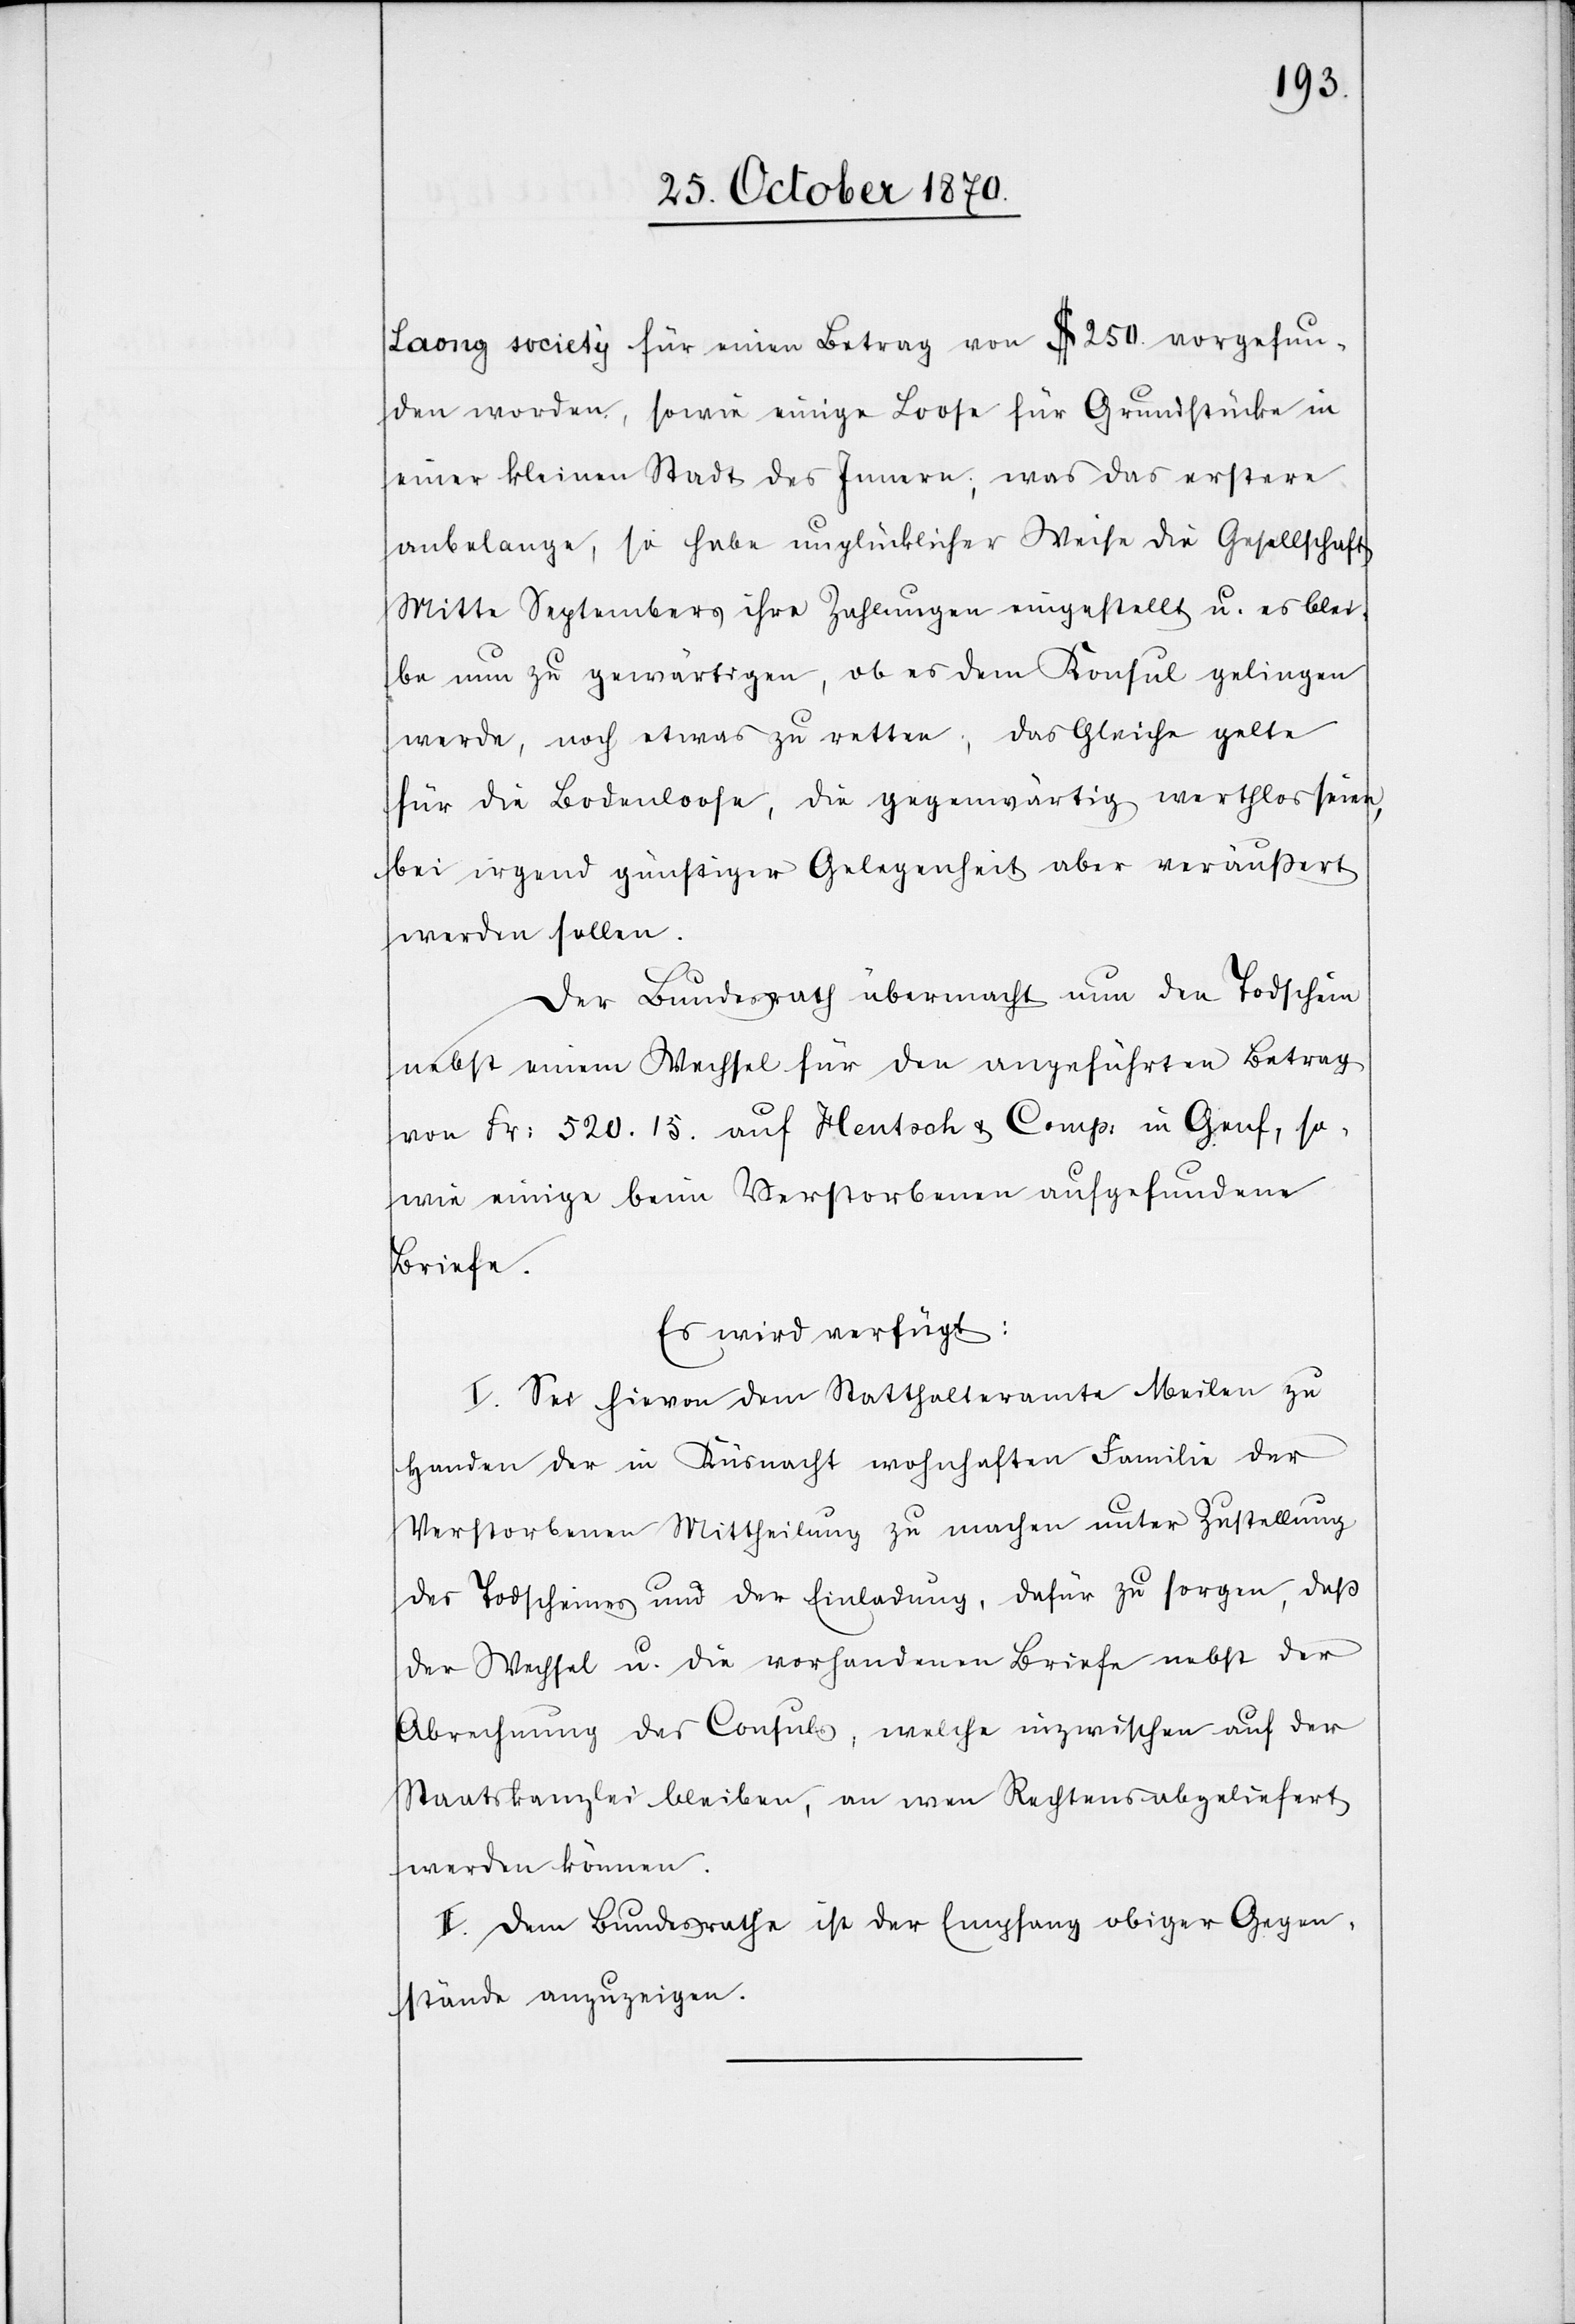
Loan] society für einen Beitrag von $ 250. vorgefun¬
den worden, sowie einige Loose für Grundstücke in
einer kleinen Stadt des Innern, was das erstere
anbelange, so habe unglücklicher Weise die Gesellschaft
Mitte Septembers ihre Zahlungen eingestellt u. es blei¬
be nun zu gewärtigen, ob es dem Konsul gelingen
werde, noch etwas zu retten; das Gleiche gelte
für die Bodenloose, die gegenwärtig werthlos seien,
bei irgend günstiger Gelegenheit aber veräußert
werden sollen.
Der Bundesrath übermacht nun den Todschein
nebst einem Wechsel für den angeführten Betrag
von Fr: 520.15. auf Hentsch & Comp. in Genf, so¬
wie einige beim Verstorbenen aufgefundene
Briefe.
Es wird verfügt:
I. Sei hievon dem Statthalteramte Meilen zu
Handen der in Küsnacht wohnhaften Familie des
Verstorbenen Mittheilung zu machen unter Zustellung
des Todscheines und der Einladung, dafür zu sorgen, daß
der Wechsel u. die vorhandenen Briefe nebst der
Abrechnung des Consuls, welche inzwischen auf der
Staatskanzlei bleiben, an wen Rechtens abgeliefert
werden können.
II. Dem Bundesrathe ist der Empfang obiger Gegen¬
stände anzuzeigen.